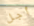
أجل